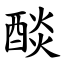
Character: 醈